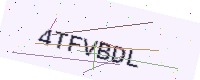
Text: 4TFVBDL